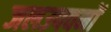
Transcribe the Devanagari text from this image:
जलउपवनों